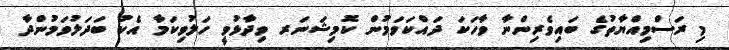
މި ރަސްމިއްޔާތުގެ ބައިވެރިންނާ ވާހަކަ ދައްކަވަމުން ކޮމިޝަނަރ ވިދާޅުވީ ހަލުވިކަމާ އެކު ބަދަލުވަމުންދާ